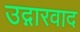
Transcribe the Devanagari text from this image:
उद्गारवाद